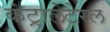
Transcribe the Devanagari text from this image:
कंट्रालेटेरल